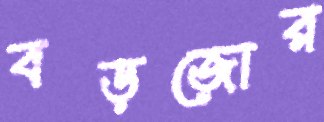
বড়জোর